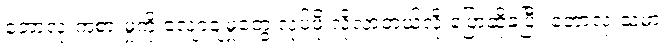
ဘောလုံးကစားမှုကို လျော့ချမှုတွေ လုပ်ဖို့ လိုလာတယ်လို့ ပြောဆိုခဲ့ပြီး ဘောလုံးသမား